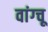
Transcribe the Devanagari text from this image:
वांग्चू